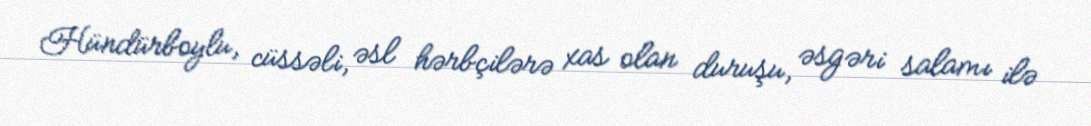
Hündürboylu, cüssəli, əsl hərbçilərə xas olan duruşu, əsgəri salamı ilə